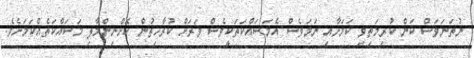
ނުތަނަވަސް ކަން ކުރިމަތިވި ކަމަށާއި ނަމަވެސް އެމަސައްކަތަކީވެސް ވަރަށް ކުރާހިތުން ކޮށްނިންމާލި މަސައްކަތެއްކަމަށެވެ.